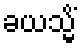
ခယသ္မိံ